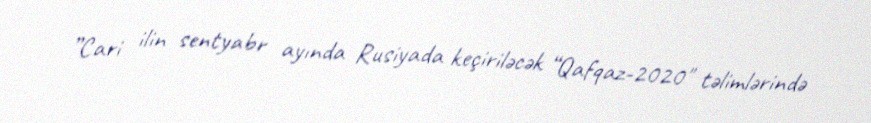
”Cari ilin sentyabr ayında Rusiyada keçiriləcək “Qafqaz-2020" təlimlərində